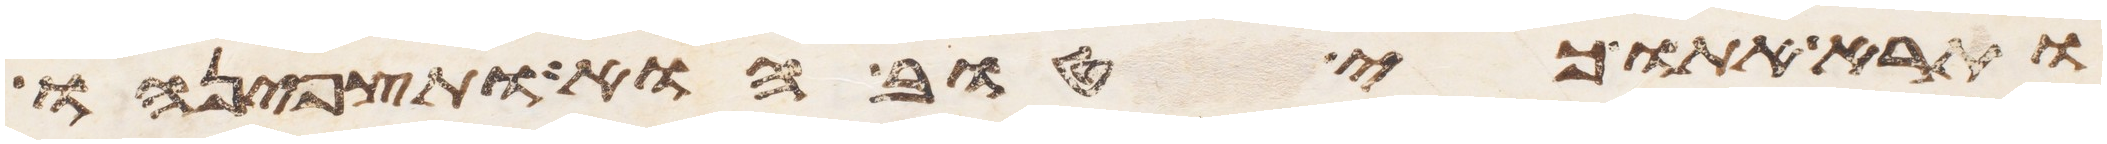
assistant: ותרא אתו כי טוב הוא ותצפנהו